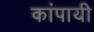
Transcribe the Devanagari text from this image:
कांपायी